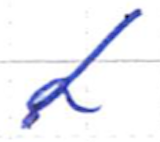
Text: a
Cross-out: diagonal
Writing tool: ballpoint